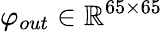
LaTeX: \varphi_{out}\in\mathbb{R}^{65\times 65}